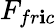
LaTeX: F_{fr\mathbf{i}c}